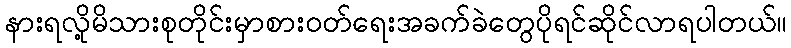
နားရလို့မိသားစုတိုင်းမှာစားဝတ်ရေးအခက်ခဲတွေပိုရင်ဆိုင်လာရပါတယ်။